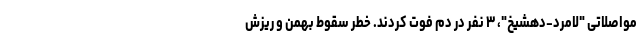
مواصلاتی "لامرد-دهشیخ"، ۳ نفر در دم فوت کردند. خطر سقوط بهمن و ریزش